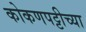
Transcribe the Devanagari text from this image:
कोकणपट्टीच्या